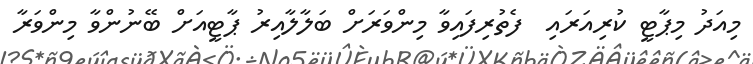
މިއަދު މިޕާޓީ ކުރިއަރައި  ފެތުރިފައިވާ މިންވަރަށް ބަލާލާއިރު ޕާޓީއަށް ބޭނުންވާ މިންވަރާ